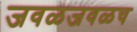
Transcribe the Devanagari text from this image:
जवळजवळच